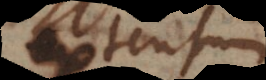
extensum